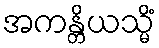
အကန္တိယသ္မိံ